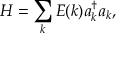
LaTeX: H = \sum _ { k } E ( k ) a _ { k } ^ { \dagger } a _ { k } ,